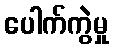
ပေါက်ကွဲမှု